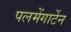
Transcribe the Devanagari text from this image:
पलमेंगार्टेन